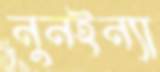
নুনইন্যা